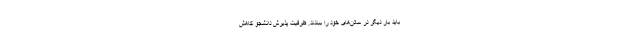
باید بار دیگر در سالن‌های خود را ببندند. ظرفیت پذیرش دانشجو کاهش